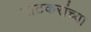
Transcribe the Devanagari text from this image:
पाटकरांच्या